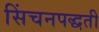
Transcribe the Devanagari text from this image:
सिंचनपद्धती